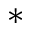
*